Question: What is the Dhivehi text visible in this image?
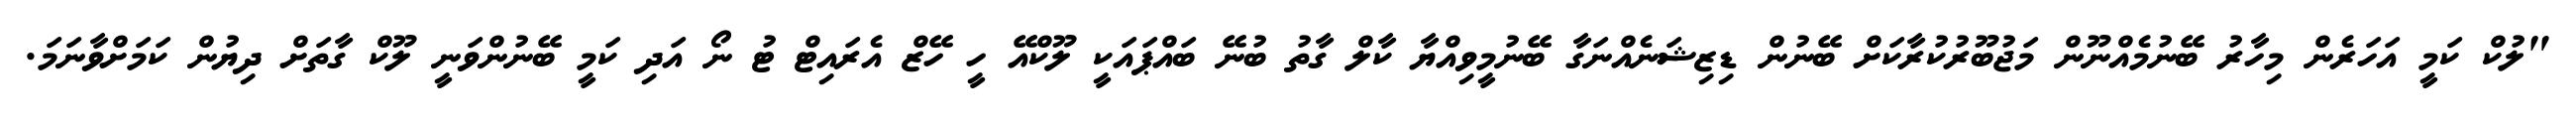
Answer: "ލުކް ކަމީ އަހަރެން މިހާރު ބޭނުމެއްނޫން މަޖުބޫރުކުރާކަށް ބޭނުން ޑިޒިޝަނެއްނަގާ ބޭނުމީވިއްޔާ ކާލް ގާތު ބުނޭ ބައްޕައަކީ ލޫކްއޭ ހީ ހޭޒް އެރައިޓް ޓު ނޯ އަދި ކަމީ ބޭނުންވަނީ ލޫކް ގާތަށް ދިޔުން ކަމަށްވާނަމަ.